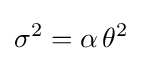
\sigma ^{2}=\alpha \,\theta ^{2}